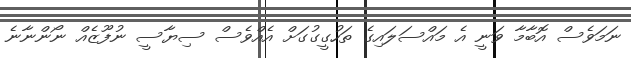
ނަމަވެސް އޮބާމާ ވަނީ އެ މައްސަލައިގެ ތަހުގީގުގަށް އެއްވެސް ސިޔާސީ ނުފޫޒެއް ނޯންނާނެ